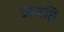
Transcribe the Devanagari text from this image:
अजति